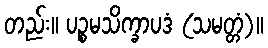
တည်း။ ပဉ္စမသိက္ခာပဒံ (သမတ္တံ)။